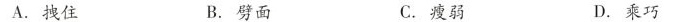
A.拽住 B.劈面 C.瘦弱 D.乘巧